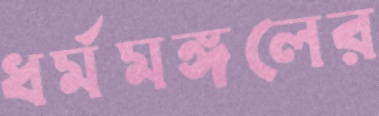
ধর্মমঙ্গলের